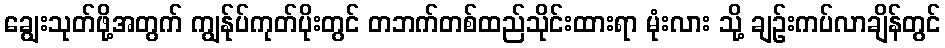
ချွေးသုတ်ဖို့အတွက် ကျွန်ုပ်ကုတ်ပိုးတွင် တဘက်တစ်ထည်သိုင်းထားရာ မုံးလား သို့ ချဉ်းကပ်လာချိန်တွင်